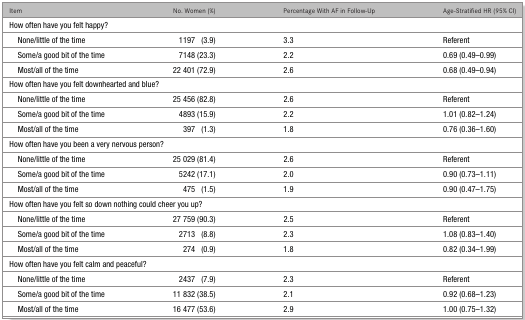
<table><thead><tr><td><b>Item</b></td><td><b>No. Women (%)</b></td><td><b>Percentage With AF in Follow-Up</b></td><td><b>Age-Stratified HR (95% CI)</b></td></tr></thead><tbody><tr><td colspan="4">How often have you felt happy?</td></tr><tr><td> None/little of the time</td><td>1197 (3.9)</td><td>3.3</td><td>Referent</td></tr><tr><td> Some/a good bit of the time</td><td>7148 (23.3)</td><td>2.2</td><td>0.69 (0.49–0.99)</td></tr><tr><td> Most/all of the time</td><td>22 401 (72.9)</td><td>2.6</td><td>0.68 (0.49–0.94)</td></tr><tr><td colspan="4">How often have you felt downhearted and blue?</td></tr><tr><td> None/little of the time</td><td>25 456 (82.8)</td><td>2.6</td><td>Referent</td></tr><tr><td> Some/a good bit of the time</td><td>4893 (15.9)</td><td>2.2</td><td>1.01 (0.82–1.24)</td></tr><tr><td> Most/all of the time</td><td>397 (1.3)</td><td>1.8</td><td>0.76 (0.36–1.60)</td></tr><tr><td colspan="4">How often have you been a very nervous person?</td></tr><tr><td> None/little of the time</td><td>25 029 (81.4)</td><td>2.6</td><td>Referent</td></tr><tr><td> Some/a good bit of the time</td><td>5242 (17.1)</td><td>2.0</td><td>0.90 (0.73–1.11)</td></tr><tr><td> Most/all of the time</td><td>475 (1.5)</td><td>1.9</td><td>0.90 (0.47–1.75)</td></tr><tr><td colspan="4">How often have you felt so down nothing could cheer you up?</td></tr><tr><td> None/little of the time</td><td>27 759 (90.3)</td><td>2.5</td><td>Referent</td></tr><tr><td> Some/a good bit of the time</td><td>2713 (8.8)</td><td>2.3</td><td>1.08 (0.83–1.40)</td></tr><tr><td> Most/all of the time</td><td>274 (0.9)</td><td>1.8</td><td>0.82 (0.34–1.99)</td></tr><tr><td colspan="4">How often have you felt calm and peaceful?</td></tr><tr><td> None/little of the time</td><td>2437 (7.9)</td><td>2.3</td><td>Referent</td></tr><tr><td> Some/a good bit of the time</td><td>11 832 (38.5)</td><td>2.1</td><td>0.92 (0.68–1.23)</td></tr><tr><td> Most/all of the time</td><td>16 477 (53.6)</td><td>2.9</td><td>1.00 (0.75–1.32)</td></tr></tbody></table>